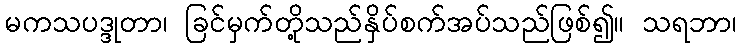
မကသပဒ္ဒုတာ၊ ခြင်မှက်တို့သည်နှိပ်စက်အပ်သည်ဖြစ်၍။ သရဘာ၊